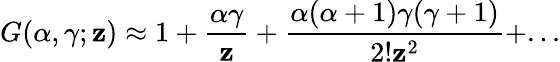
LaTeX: G({\alpha},{\gamma};\mathbf{z})\approx1+\frac{{{\alpha}{\gamma}}}{{\mathbf{z}}}+\frac{{{\alpha}({\alpha}+1){\gamma}({\gamma}+1)}}{{2!\mathbf{z}^{2}}}+...